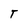
Character: T